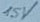
Text: 15V